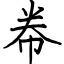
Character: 帣